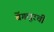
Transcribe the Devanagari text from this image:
बेंगलूरची